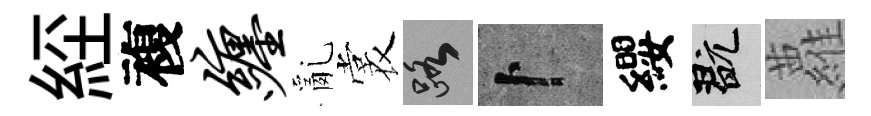
𦀇複缠亂裳路卜纓玩蘿